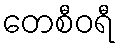
တေစီဝရီ